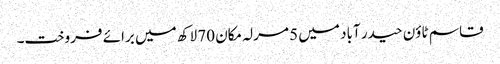
قاسم ٹاؤن حیدر آباد میں 5 مرلہ مکان 70 لاکھ میں برائے فروخت۔